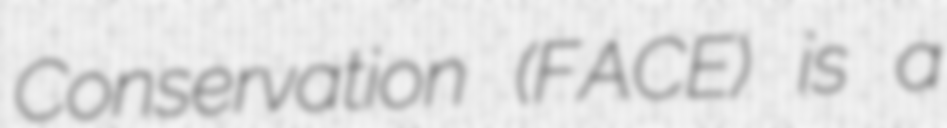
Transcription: Conservation (FACE) is a